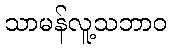
သာမန်လူ့သဘာဝ